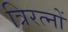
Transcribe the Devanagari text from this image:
त्रिरत्नों